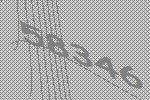
58346